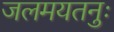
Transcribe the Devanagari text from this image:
जलमयतनुः